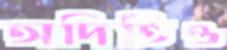
অদিতিও